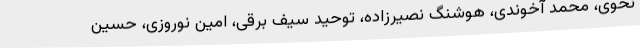
نحوی، محمد آخوندی، هوشنگ نصیرزاده، توحید سیف برقی، امین نوروزی، حسین